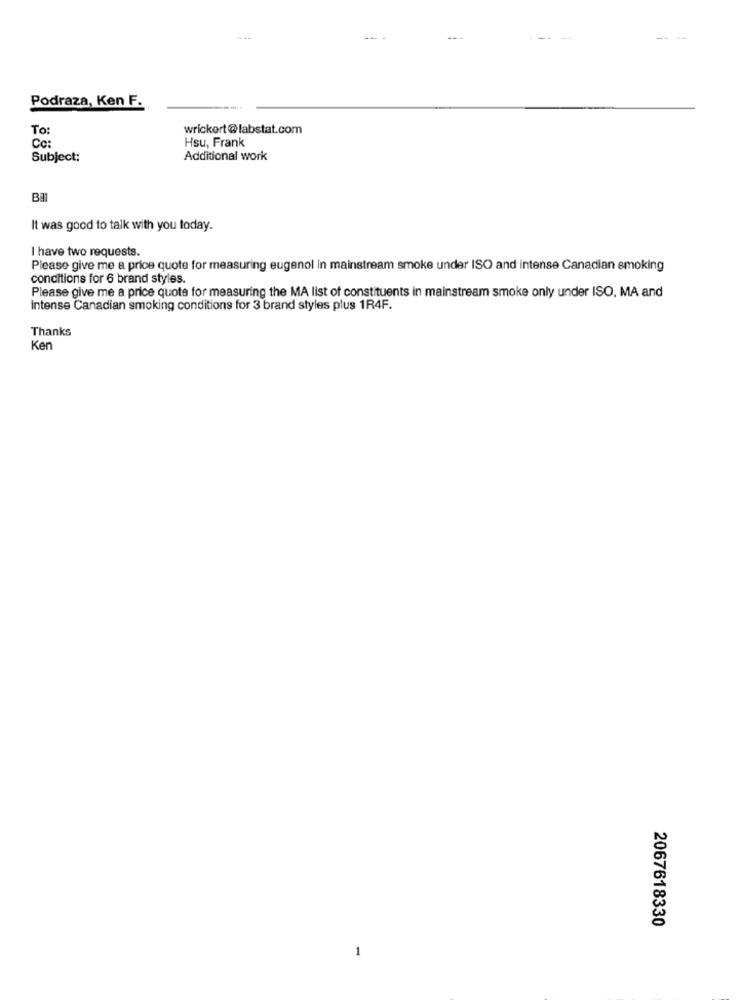
----
Podraza, Ken F.
To:
wrickert@labstat.com
Hsu, Frank
Cc:
Subject:
Additional work
Bal
It was good to talk with you today.
I have two requests.
Please give me a price quote for measuring eugenol in mainstream smoke under ISO and intense Canadian smoking
conditions for 6 brand styles.
Please give me a price quote for measuring the MA list of constituents in mainstream smoke only under ISO, MA and
intense Canadian smoking conditions for 3 brand styles plus 1R4F.
Thanks
Ken
2067618330
1